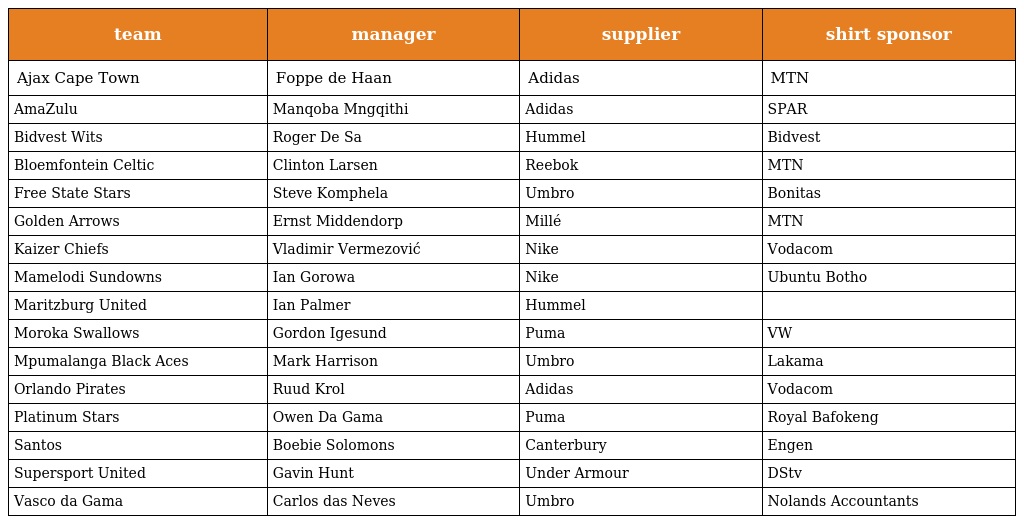
| team | manager | supplier | shirt sponsor |
 | --- | --- | --- | --- |
 | Ajax Cape Town | Foppe de Haan | Adidas | MTN |
 | AmaZulu | Manqoba Mngqithi | Adidas | SPAR |
 | Bidvest Wits | Roger De Sa | Hummel | Bidvest |
 | Bloemfontein Celtic | Clinton Larsen | Reebok | MTN |
 | Free State Stars | Steve Komphela | Umbro | Bonitas |
 | Golden Arrows | Ernst Middendorp | Millé | MTN |
 | Kaizer Chiefs | Vladimir Vermezović | Nike | Vodacom |
 | Mamelodi Sundowns | Ian Gorowa | Nike | Ubuntu Botho |
 | Maritzburg United | Ian Palmer | Hummel |  |
 | Moroka Swallows | Gordon Igesund | Puma | VW |
 | Mpumalanga Black Aces | Mark Harrison | Umbro | Lakama |
 | Orlando Pirates | Ruud Krol | Adidas | Vodacom |
 | Platinum Stars | Owen Da Gama | Puma | Royal Bafokeng |
 | Santos | Boebie Solomons | Canterbury | Engen |
 | Supersport United | Gavin Hunt | Under Armour | DStv |
 | Vasco da Gama | Carlos das Neves | Umbro | Nolands Accountants |